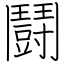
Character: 鬪